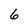
Character: 6